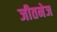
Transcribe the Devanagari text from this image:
जीतनेज